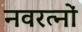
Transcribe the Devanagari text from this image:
नवरत्‍नों